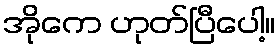
အိုကေ ဟုတ်ပြီပေါ့။